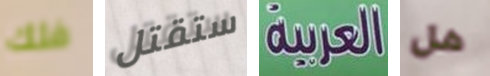
فلك ستقتل العربية هل